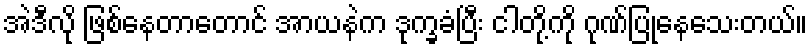
အဲဒီလို ဖြစ်နေတာတောင် အာယနဲက ဒုက္ခခံပြီး ငါတို့ကို ဂုဏ်ပြုနေသေးတယ်။